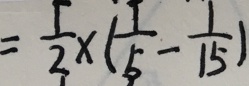
= \frac { 1 } { 2 } \times ( \frac { 1 } { 5 } - \frac { 1 } { 1 5 } )